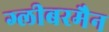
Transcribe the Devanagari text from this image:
ग्लीबरमैन